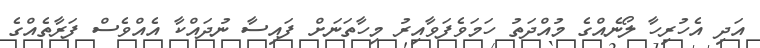
އަދި އެހުރިހާ ލޯނެއްގެ މުއްދަތު ހަމަވެފަވާއިރު މިހާތަނަށް ފައިސާ ނުދައްކާ އެއްވެސް ފަރާތެއްގެ